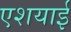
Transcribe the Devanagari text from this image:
एशयाई